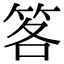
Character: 笿